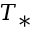
T _ { * }